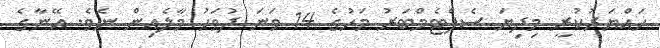
ހައްޔަރުކުރީ މިދިޔަ ސެޕްޓެމްބަރު މަހުގެ 14 ވަނަ ދުވަހު މާލެއިން ނެވެ. އޭނާގެ